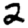
Digit: 2